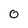
Character: 0